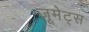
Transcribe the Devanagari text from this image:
जूमेट्स